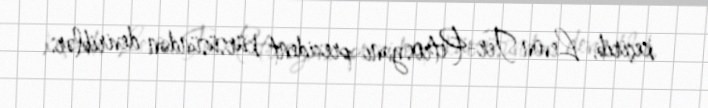
keçirib, Levon Ter-Petrosyanı prezident kürsüsündən deviriblər.